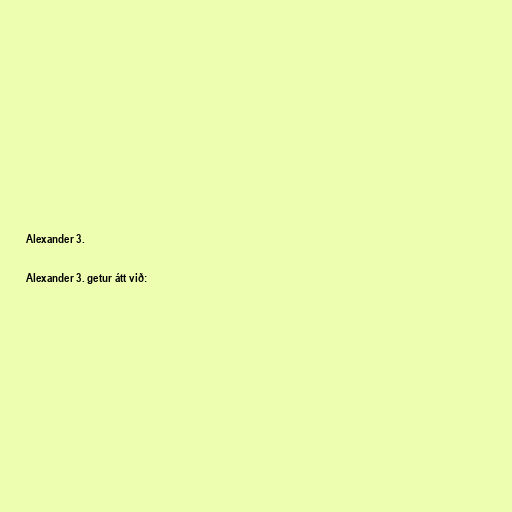
Alexander 3.

Alexander 3. getur átt við: